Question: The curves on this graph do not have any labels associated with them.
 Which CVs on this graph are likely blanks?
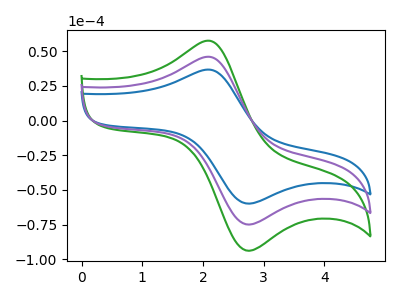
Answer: <think>The blue curve "blue" has an anodic peak at (2.15V, 36.60uA) and a cathodic peak at (2.75V, -59.85uA). The green curve "green" has an anodic peak at (2.15V, 91.60uA) and a cathodic peak at (2.75V, -149.85uA). The purple curve "purple" has an anodic peak at (2.15V, 45.80uA) and a cathodic peak at (2.75V, -74.90uA).</think>
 <answer>There are not any CV's on this graph that are likely to be blanks.</answer>
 <eval>none</eval>